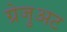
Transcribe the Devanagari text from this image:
ग्रेजुअट